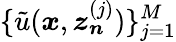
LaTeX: \{ \tilde{u}(\boldsymbol{x},\boldsymbol{z_{n}}^{(j)})\} _{j=1}^{M}